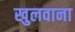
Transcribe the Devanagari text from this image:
खुलवाना